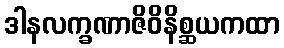
ဒါနလက္ခဏာဇိဝိနိစ္ဆယကထာ